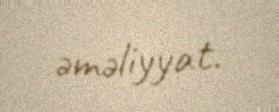
əməliyyat.